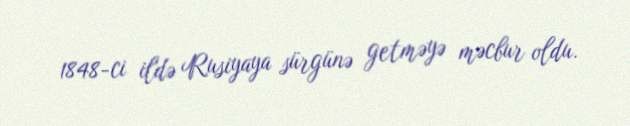
1848-ci ildə Rusiyaya sürgünə getməyə məcbur oldu.